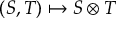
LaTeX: ( S , T ) \mapsto S \otimes T